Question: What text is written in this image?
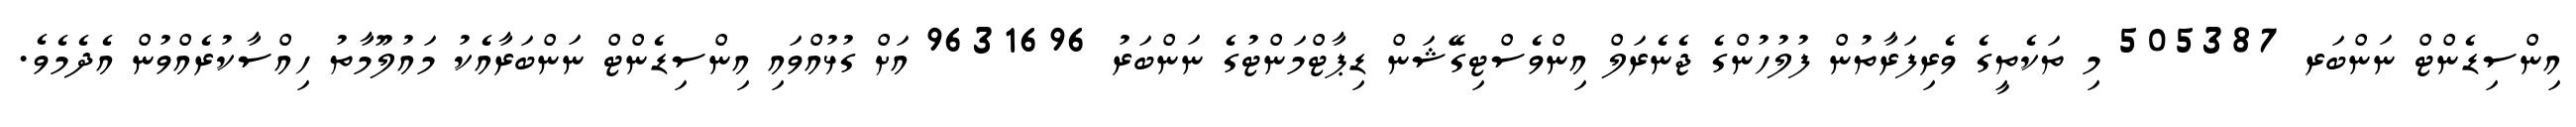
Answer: އިންސިޑެންޓް ނަންބަރ 505387 މި ތަކެތީގެ ވެރިފަރާތުން ފުލުހުންގެ ޖެނެރަލް އިންވެސްޓިގޭޝަން ޑިޕާޓްމަންޓުގެ ނަންބަރު 9631696 އަށް ގުޅުއްވައި އިންސިޑެންޓް ނަންބަރާއެކު މައުލޫމާތު ހިއްސާކުރެއްވުން އެދެމެވެ.